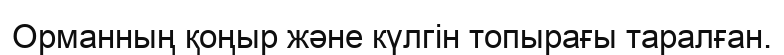
Орманның қоңыр және күлгін топырағы таралған.